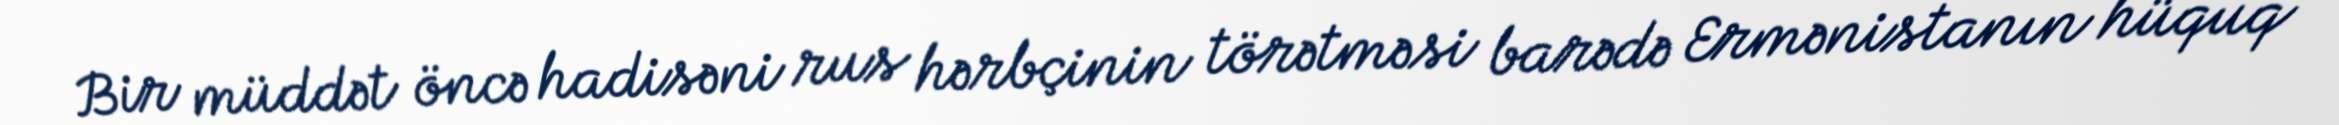
Bir müddət öncə hadisəni rus hərbçinin törətməsi barədə Ermənistanın hüquq